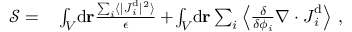
\begin{array} { r l } { \mathcal { S } = } & { { } \int _ { V } \! \mathrm { d } \mathbf { r } \frac { \sum _ { i } \langle \vert { \boldsymbol { J } } _ { i } ^ { \mathrm { d } } \vert ^ { 2 } \rangle } { \epsilon } + \! \int _ { V } \! \mathrm { d } \mathbf { r } \sum _ { i } \left\langle \frac { \delta } { \delta { \phi _ { i } } } \nabla \cdot \boldsymbol { J } _ { i } ^ { \mathrm { d } } \right\rangle \, , } \end{array}